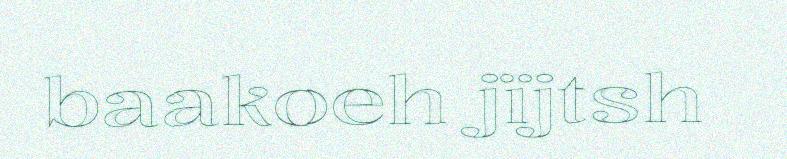
baakoeh jïjtsh